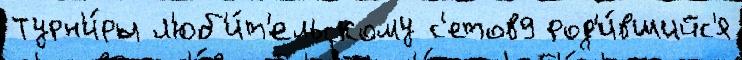
Турн'и́ры л'юб'и́т'ельскому с'етов9 род'и́вшийс'я